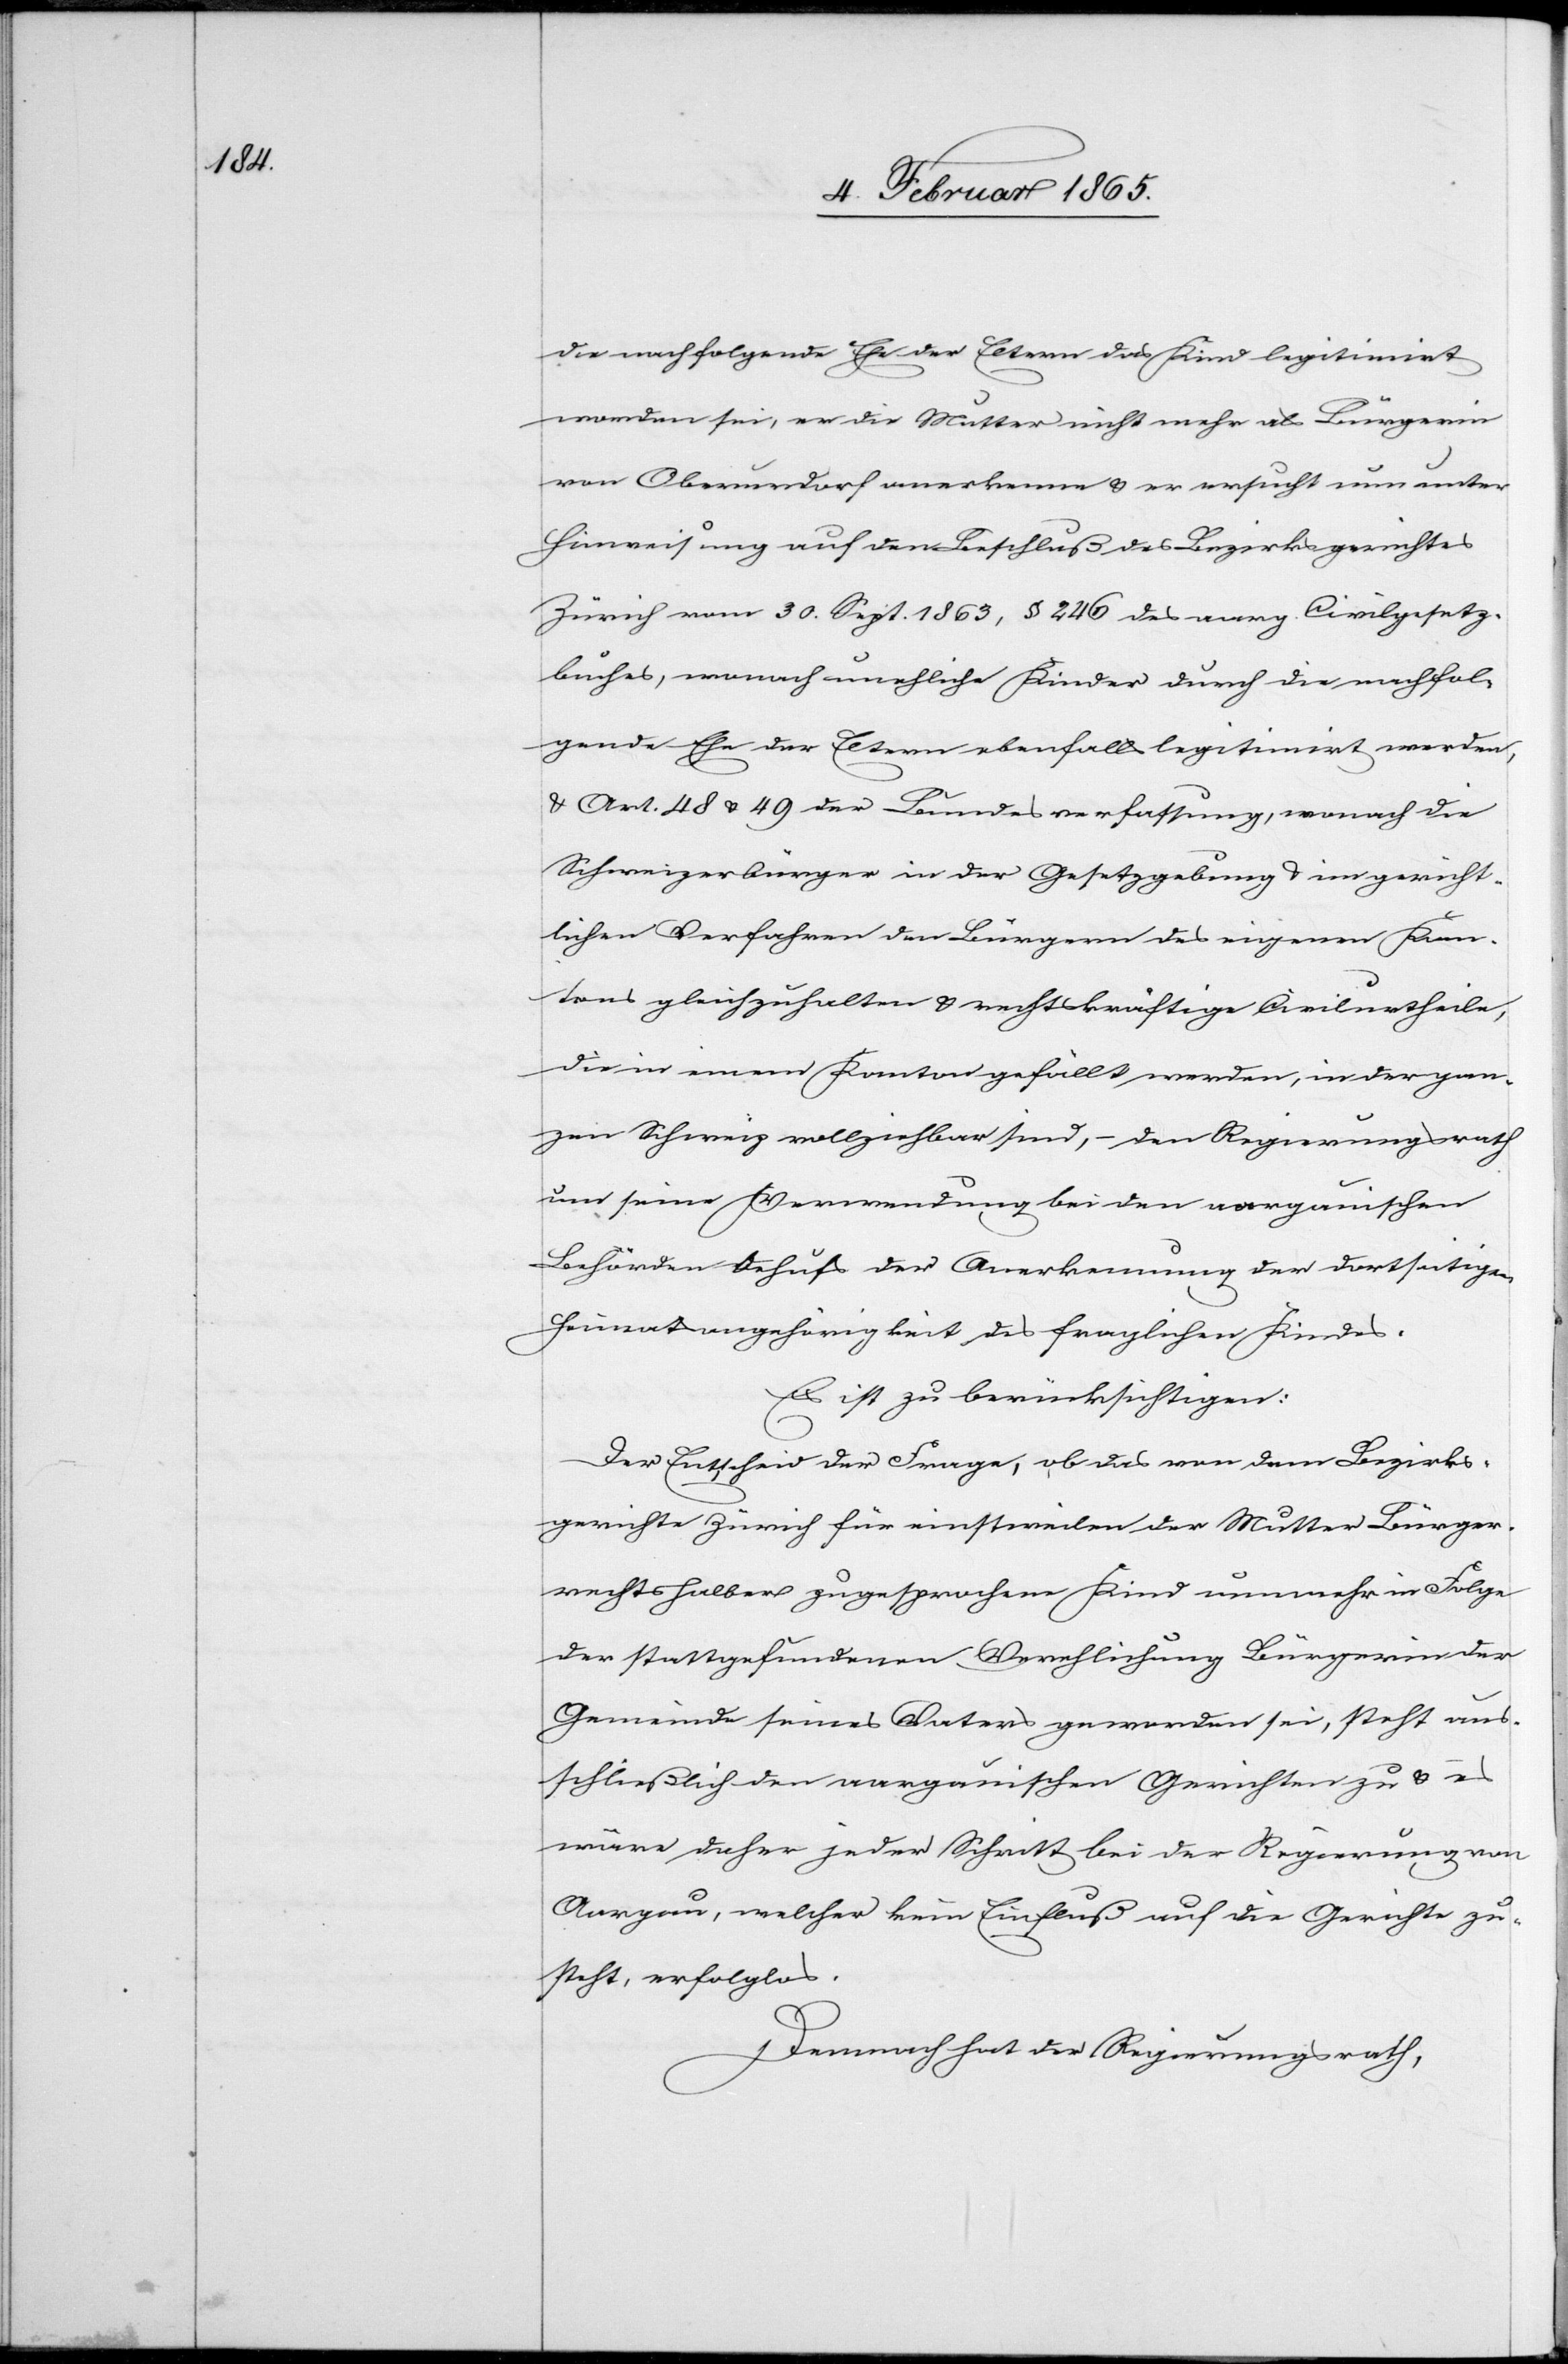
die nachfolgende Ehe der Eltern das Kind legitimirt
worden sei, er die Mutter nicht mehr als Bürgerin
von Oberurdorf anerkenne u. er ersucht nun unter
Hinweisung auf den Beschluß des Bezirksgerichtes
Zürich vom 30. Sept. 1863, § 246 des aarg. Civilgesetz¬
buches, wonach unehliche Kinder durch die nachfol¬
gende Ehe der Eltern ebenfalls legitimirt werden,
u. Art. 48 & 49 der Bundesverfassung, wonach die
Schweizerbürger in der Gesetzgebung u. im gericht¬
lichen Verfahren den Bürgern des eigenen Kan¬
tons gleichzuhalten u. rechtskräftige Civilurtheile,
die in einem Kanton gefällt werden, in der gan¬
zen Schweiz vollziehbar sind, – den Regierungsrath
um seine Verwendung bei den aargauischen
Behörden behufs der Anerkennung der dortseitigen
Heimatsangehörigkeit des fraglichen Kindes.
Es ist zu berücksichtigen:
Der Entscheid der Frage, ob das von dem Bezirks¬
gerichte Zürich für einstweilen der Mutter Bürger¬
rrechtshalber zugesprochene Kind nunmehr in Folge
der stattgefundenen Verehlichung Bürgerin der
Gemeinde seines Vaters geworden sei, steht aus¬
schließlich den aargauischen Gerichten zu u. es
wäre daher jeder Schritt bei der Regierung von
Aargau, welcher kein Einfluß auf die Gerichte zu¬
steht, erfolglos.
Demnach hat der Regierungsrath,